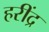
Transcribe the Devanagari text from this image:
हरींद्र